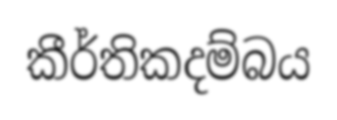
කීර්තිකදම්බය